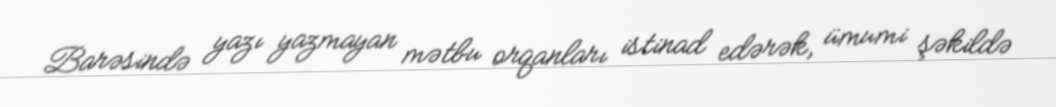
Barəsində yazı yazmayan mətbu orqanları istinad edərək, ümumi şəkildə